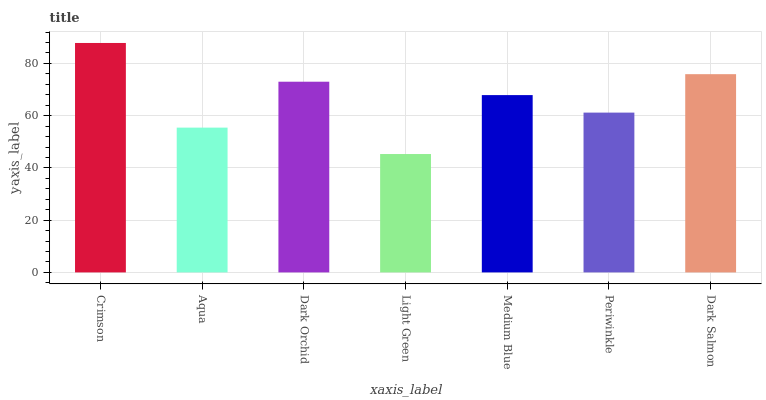
| xaxis_label | bars |
 | --- | --- |
 | Crimson | 87.8 |
 | Aqua | 55.4 |
 | Dark Orchid | 73 |
 | Light Green | 45.3 |
 | Medium Blue | 67.9 |
 | Periwinkle | 61.2 |
 | Dark Salmon | 75.9 |